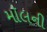
મૉલની